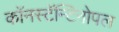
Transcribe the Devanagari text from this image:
काॅनस्टॅन्टिनोपल